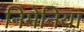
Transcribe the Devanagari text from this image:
निमेनिया